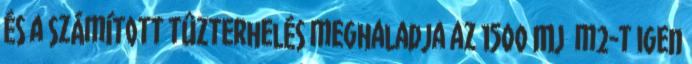
és a számított tûzterhelés meghaladja az 1500 MJ m2-t igen